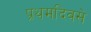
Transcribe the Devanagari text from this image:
प्रथमदिवसे